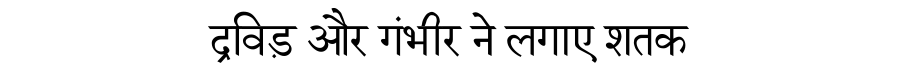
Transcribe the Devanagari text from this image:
द्रविड़ और गंभीर ने लगाए शतक